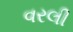
વરલી